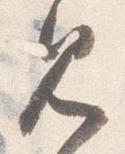
見